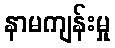
နာမကျန်းမှု